Elephants and their diseases
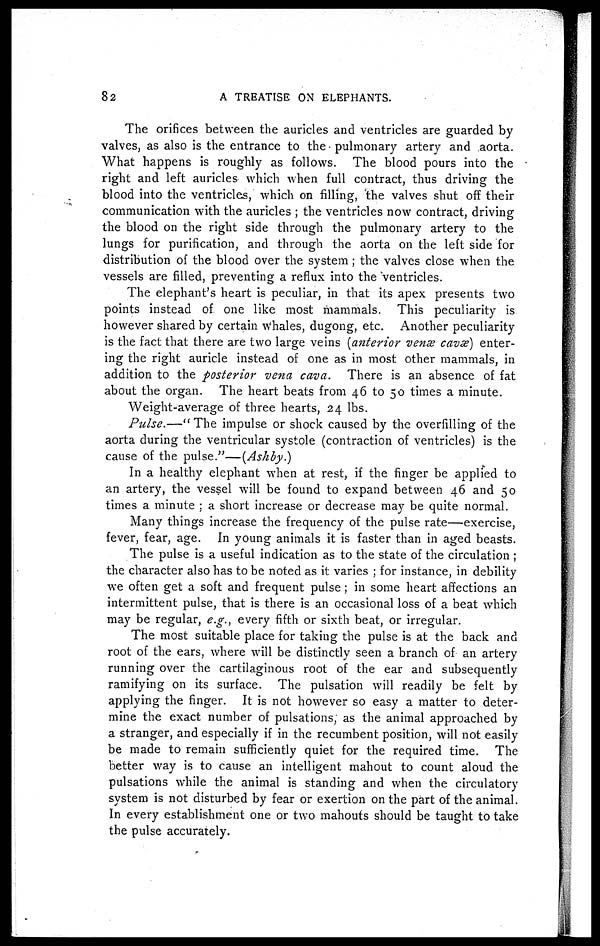
82
A TREATISE ON ELEPHANTS.
The orifices between the auricles and ventricles are guarded by
valves, as also is the entrance to the pulmonary artery and aorta.
What happens is roughly as follows. The blood pours into the
right and left auricles which when full contract, thus driving the
blood into the ventricles, which on filling, the valves shut off their
communication with the auricles ; the ventricles now contract, driving
the blood on the right side through the pulmonary artery to the
lungs for purification, and through the aorta on the left side for
distribution of the blood over the system; the valves close when the
vessels are filled, preventing a reflux into the Ventricles.
The elephant's heart is peculiar, in that its apex presents two
points instead of one like most mammals. This peculiarity is
however shared by certain whales, dugong, etc. Another peculiarity
is the fact that there are two large veins (anterior venæ cavæ) enter¬
ing the right auricle instead of one as in most other mammals, in
addition to the posterior vena cava. There is an absence of fat
about the organ. The heart beats from 46 to 50 times a minute.
Weight-average of three hearts, 24 lbs.
Pulse.—"The
impulse or shock caused by the overfilling of the
aorta during the ventricular systole (contraction of ventricles) is the
cause of the pulse."—(Ashby.)
In a healthy elephant when at rest, if the finger be applied to
an artery, the vessel will be found to expand between 46 and 50
times a minute ; a short increase or decrease may be quite normal.
Many things increase the frequency of the pulse rate—exercise,
fever, fear, age. In young animals it is faster than in aged beasts.
The pulse is a useful indication as to the state of the circulation ;
the character also has to be noted as it varies ; for instance, in debility
we often get a soft and frequent pulse; in some heart affections an
intermittent pulse, that is there is an occasional loss of a beat which
may be regular, e.g., every fifth or sixth beat, or irregular.
The most suitable place for taking the pulse is at the back and
root of the ears, where will be distinctly seen a branch of an artery
running over the cartilaginous root of the ear and subsequently
ramifying on its surface. The pulsation will readily be felt by
applying the finger. It is not however so easy a matter to deter¬
mine the exact number of pulsations, as the animal approached by
a stranger, and especially if in the recumbent position, will not easily
be made to remain sufficiently quiet for the required time. The
better way is to cause an intelligent mahout to count aloud the
pulsations while the animal is standing and when the circulatory
system is not disturbed by fear or exertion on the part of the animal.
In every establishment one or two mahouts should be taught to take
the pulse accurately.